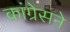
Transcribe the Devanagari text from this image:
कांग्रेसने